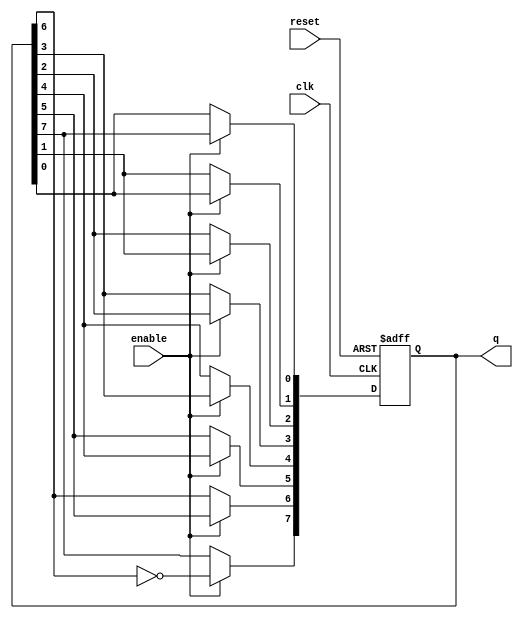
module johnson_counter (
    input wire clk,       // Clock input
    input wire reset,     // Asynchronous reset
    input wire enable,    // Enable signal
    output reg [7:0] q    // 8-bit output
);

    // Initialization of the counter
    initial begin
        q = 8'b00000000; // Start with all zeros
    end

    always @(posedge clk or posedge reset) begin
        if (reset) begin
            q <= 8'b00000000; // Reset counter to initial state
        end else if (enable) begin
            // Johnson Counter logic
            q[7] <= ~q[6];    // D0 = NOT Q7
            q[6] <= q[5];     // D1 = Q6
            q[5] <= q[4];     // D2 = Q5
            q[4] <= q[3];     // D3 = Q4
            q[3] <= q[2];     // D4 = Q3
            q[2] <= q[1];     // D5 = Q2
            q[1] <= q[0];     // D6 = Q1
            q[0] <= q[7];     // D7 = Q0
        end
    end

endmodule